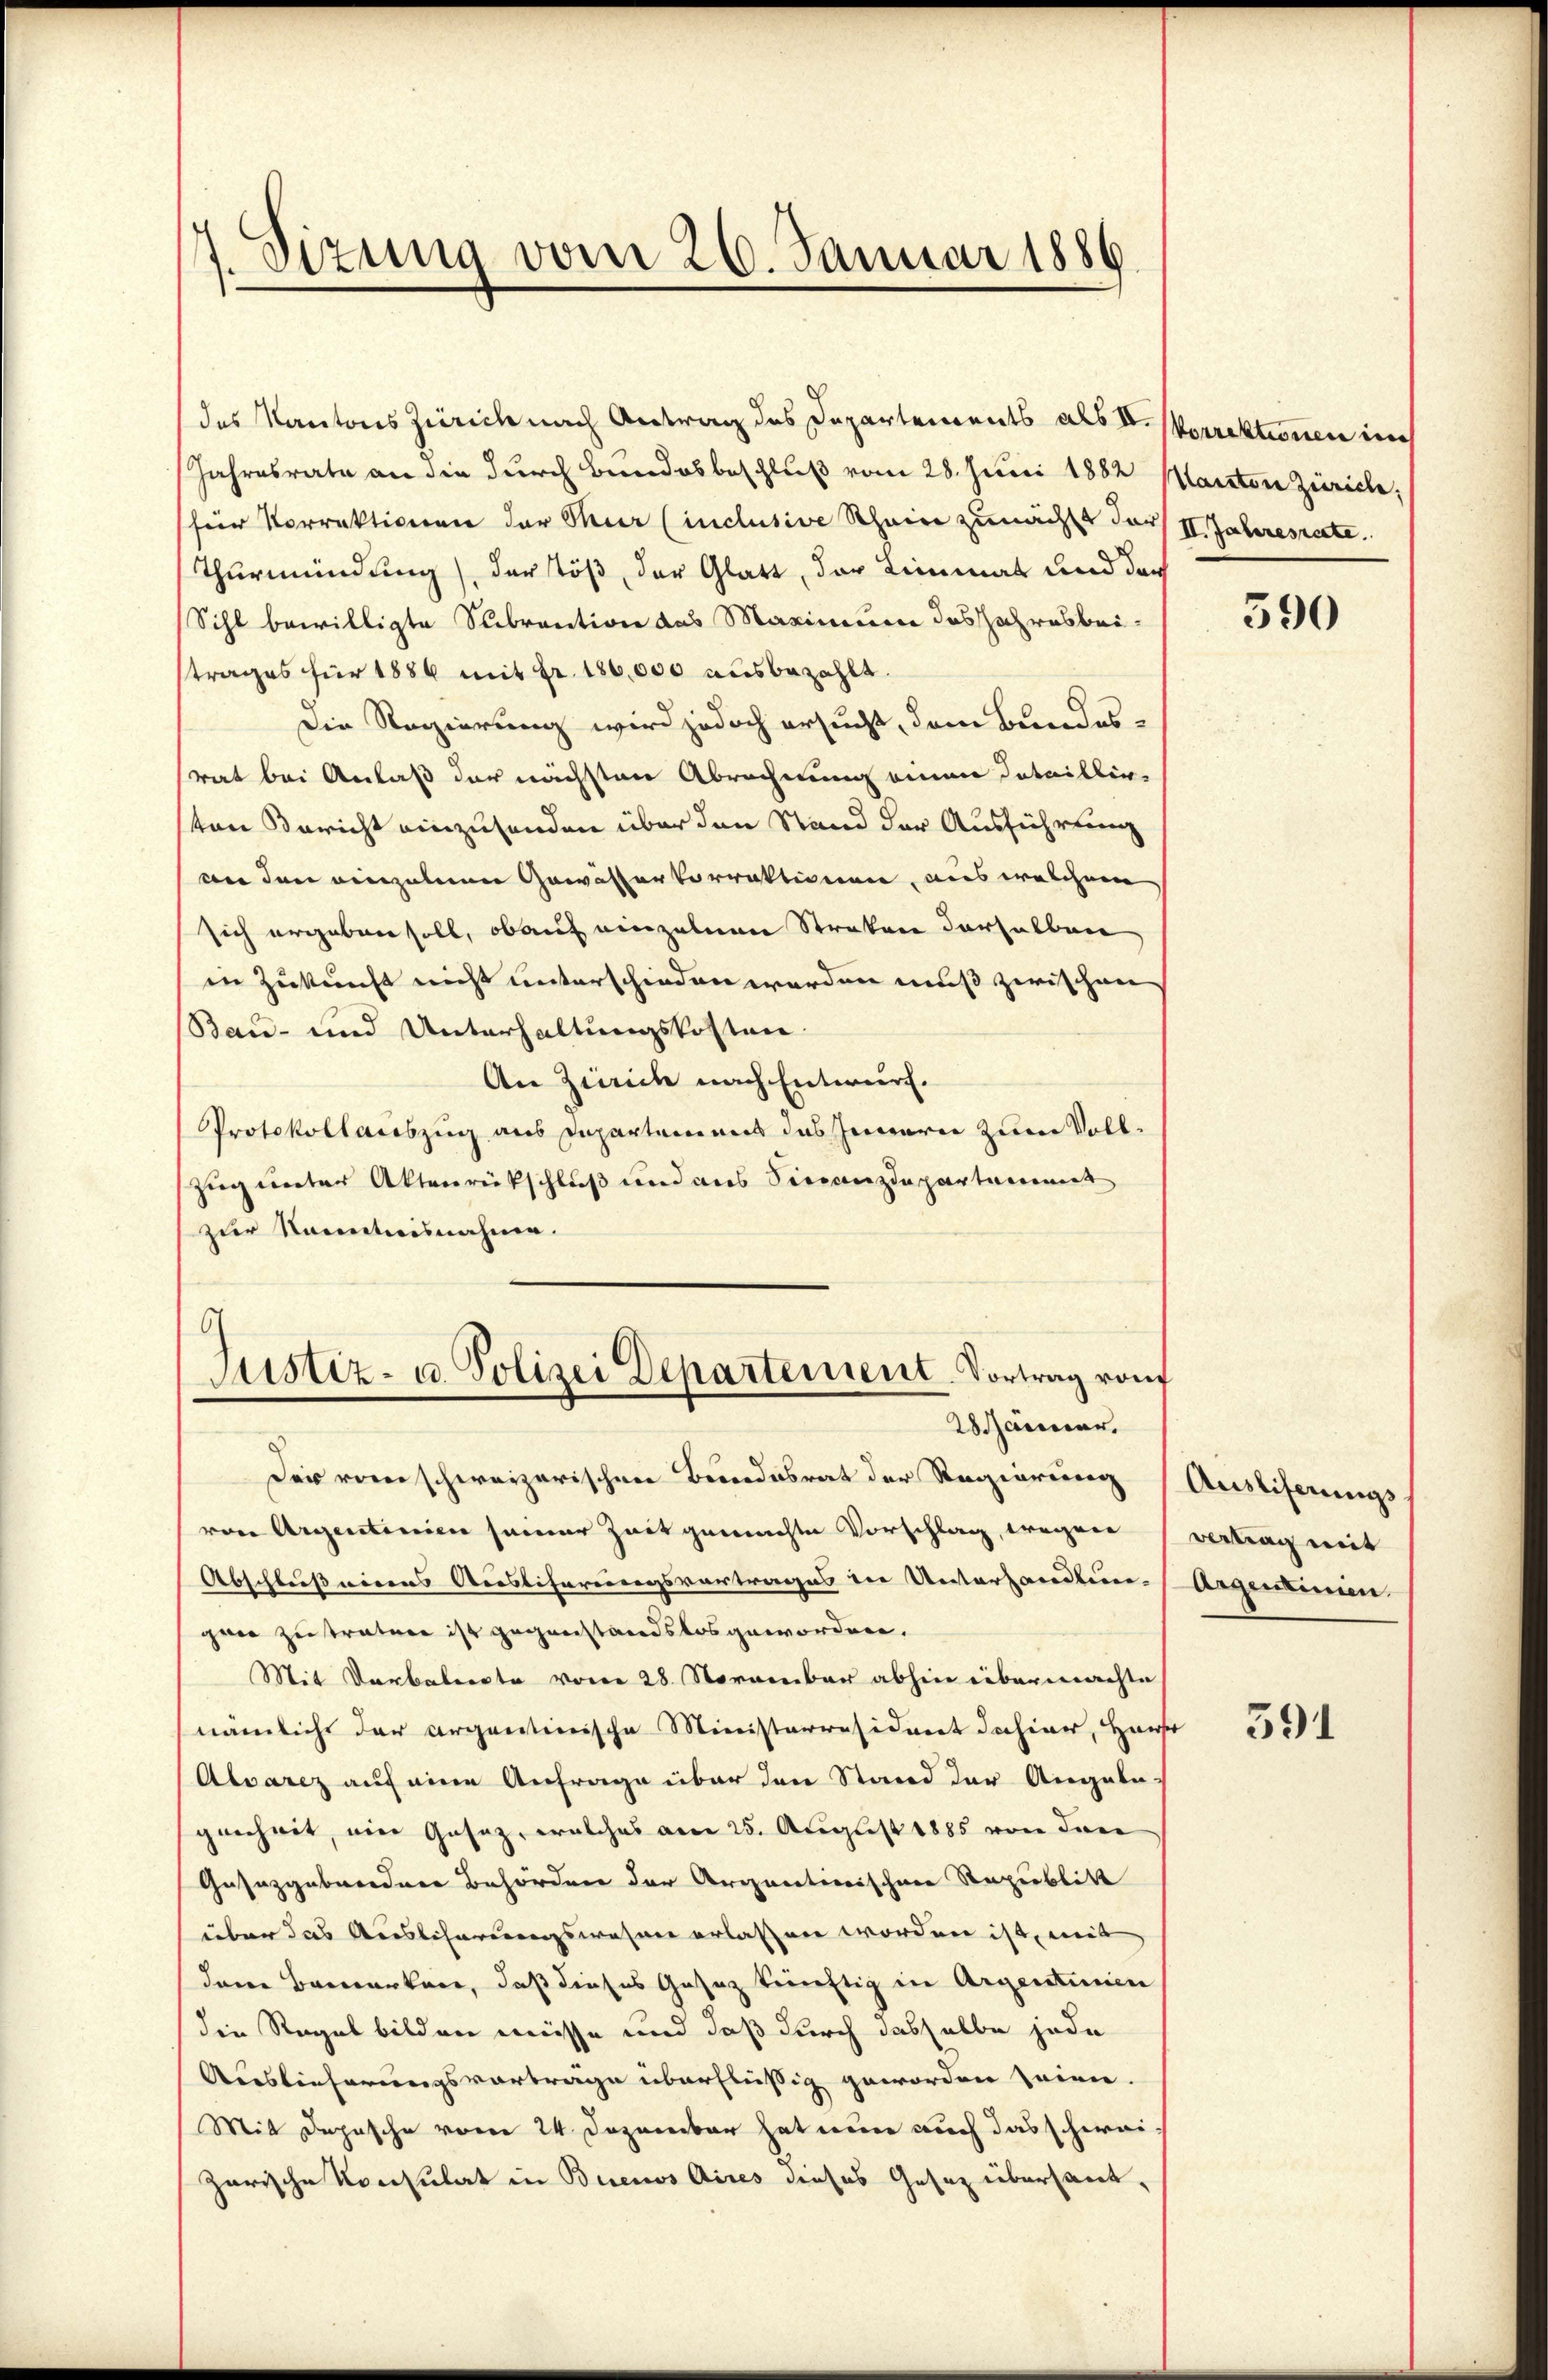
7. Sizung vom 26. Januar 1886.

des Kantons Zürich nach Antrag des Departements als II. Vorrektionen auch
Jahresrate an die durch Bundesbeschluß vom 28. Juni 1882 Manten Zürich
(für Vorrektionen der Thur (inclusive Rhein zunächst der II. Jahresrate
Thurmündung der Töß, der Glatt, der Limmat und der
Sihl bewilligte Subvention das Maximum das Jahresbeitrages für 1886 mit Fr. 180,000 ausbezahlt
Die Regierung wird jedoch ersucht, dem Bundesrat bei Anlaß der nächsten Abrechnung einen dataillig-
sten Bericht einzusenden über den Stand der Ausführung
an den einzelnen Gewässervorraktionen, aus welchem
sich ergeben soll, ob auf einzelnen Straten derselben
in Zukunft nicht unterschieden werden muß zwischen
Bau- und Unterhaltungskosten.
An Zürich nach Entwurf.
Protokollauszug aus Departemens das Innern zum Voll¬
Zug unter Aktenrückschluß und aus Finanzdepartammt
zur Kenntnisnahme.
9
Justiz- u. Polizei Departement-Vortrag von
28 Jänner.
Der rom schweizerischen Bundesrat der Regierung (Ausliferungs
von Argentinien seiner Zeit gemachte Vorschlag, wegen
Abschlußnirens Auslicherungsvortrages die Unterhandlun-Argentinien
gen zu trature ist gegenstandslos geworden.
Mit Verbalenste vom 28. November abhin übermachte
nämliche der argantinische Ministerräsident dahier, Haus
Alvarez auf eine Anfrage über den Stand der Angabe-
genheit, ein Gesaz, welches am 25. August 1885 von drei
Gasazgabeordner Behörden der Argnationsschnee Republik
über das Auslicherungswesen erlassen worden ist, mit
daren Bauerkann, daß dieses Gesez künftig in Argentinien
die Regel bilden müsse und daß durch dasselbe jede
Auslieferungsvorträge überflüßig geworden seien.
Mit Depesche vom 24. Dezember hat nun auch das schwei
Zarische Konsulat in Buenos Aires dieses Gesetz übersant¬

590

vertrag mit

591